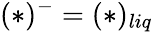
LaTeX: (*)^{-}=(*)_{liq}